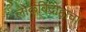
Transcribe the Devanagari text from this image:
लोकविद्रोहाचा